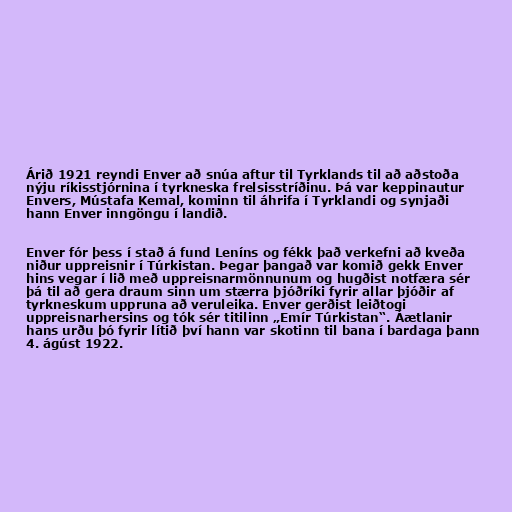
Árið 1921 reyndi Enver að snúa aftur til Tyrklands til að aðstoða
nýju ríkisstjórnina í tyrkneska frelsisstríðinu. Þá var keppinautur
Envers, Mústafa Kemal, kominn til áhrifa í Tyrklandi og synjaði
hann Enver inngöngu í landið.

Enver fór þess í stað á fund Leníns og fékk það verkefni að kveða
niður uppreisnir í Túrkistan. Þegar þangað var komið gekk Enver
hins vegar í lið með uppreisnarmönnunum og hugðist notfæra sér
þá til að gera draum sinn um stærra þjóðríki fyrir allar þjóðir af
tyrkneskum uppruna að veruleika. Enver gerðist leiðtogi
uppreisnarhersins og tók sér titilinn „Emír Túrkistan“. Áætlanir
hans urðu þó fyrir lítið því hann var skotinn til bana í bardaga þann
4. ágúst 1922.